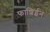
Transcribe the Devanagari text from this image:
फाशिईन